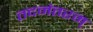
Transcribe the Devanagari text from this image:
तदनंतरम्